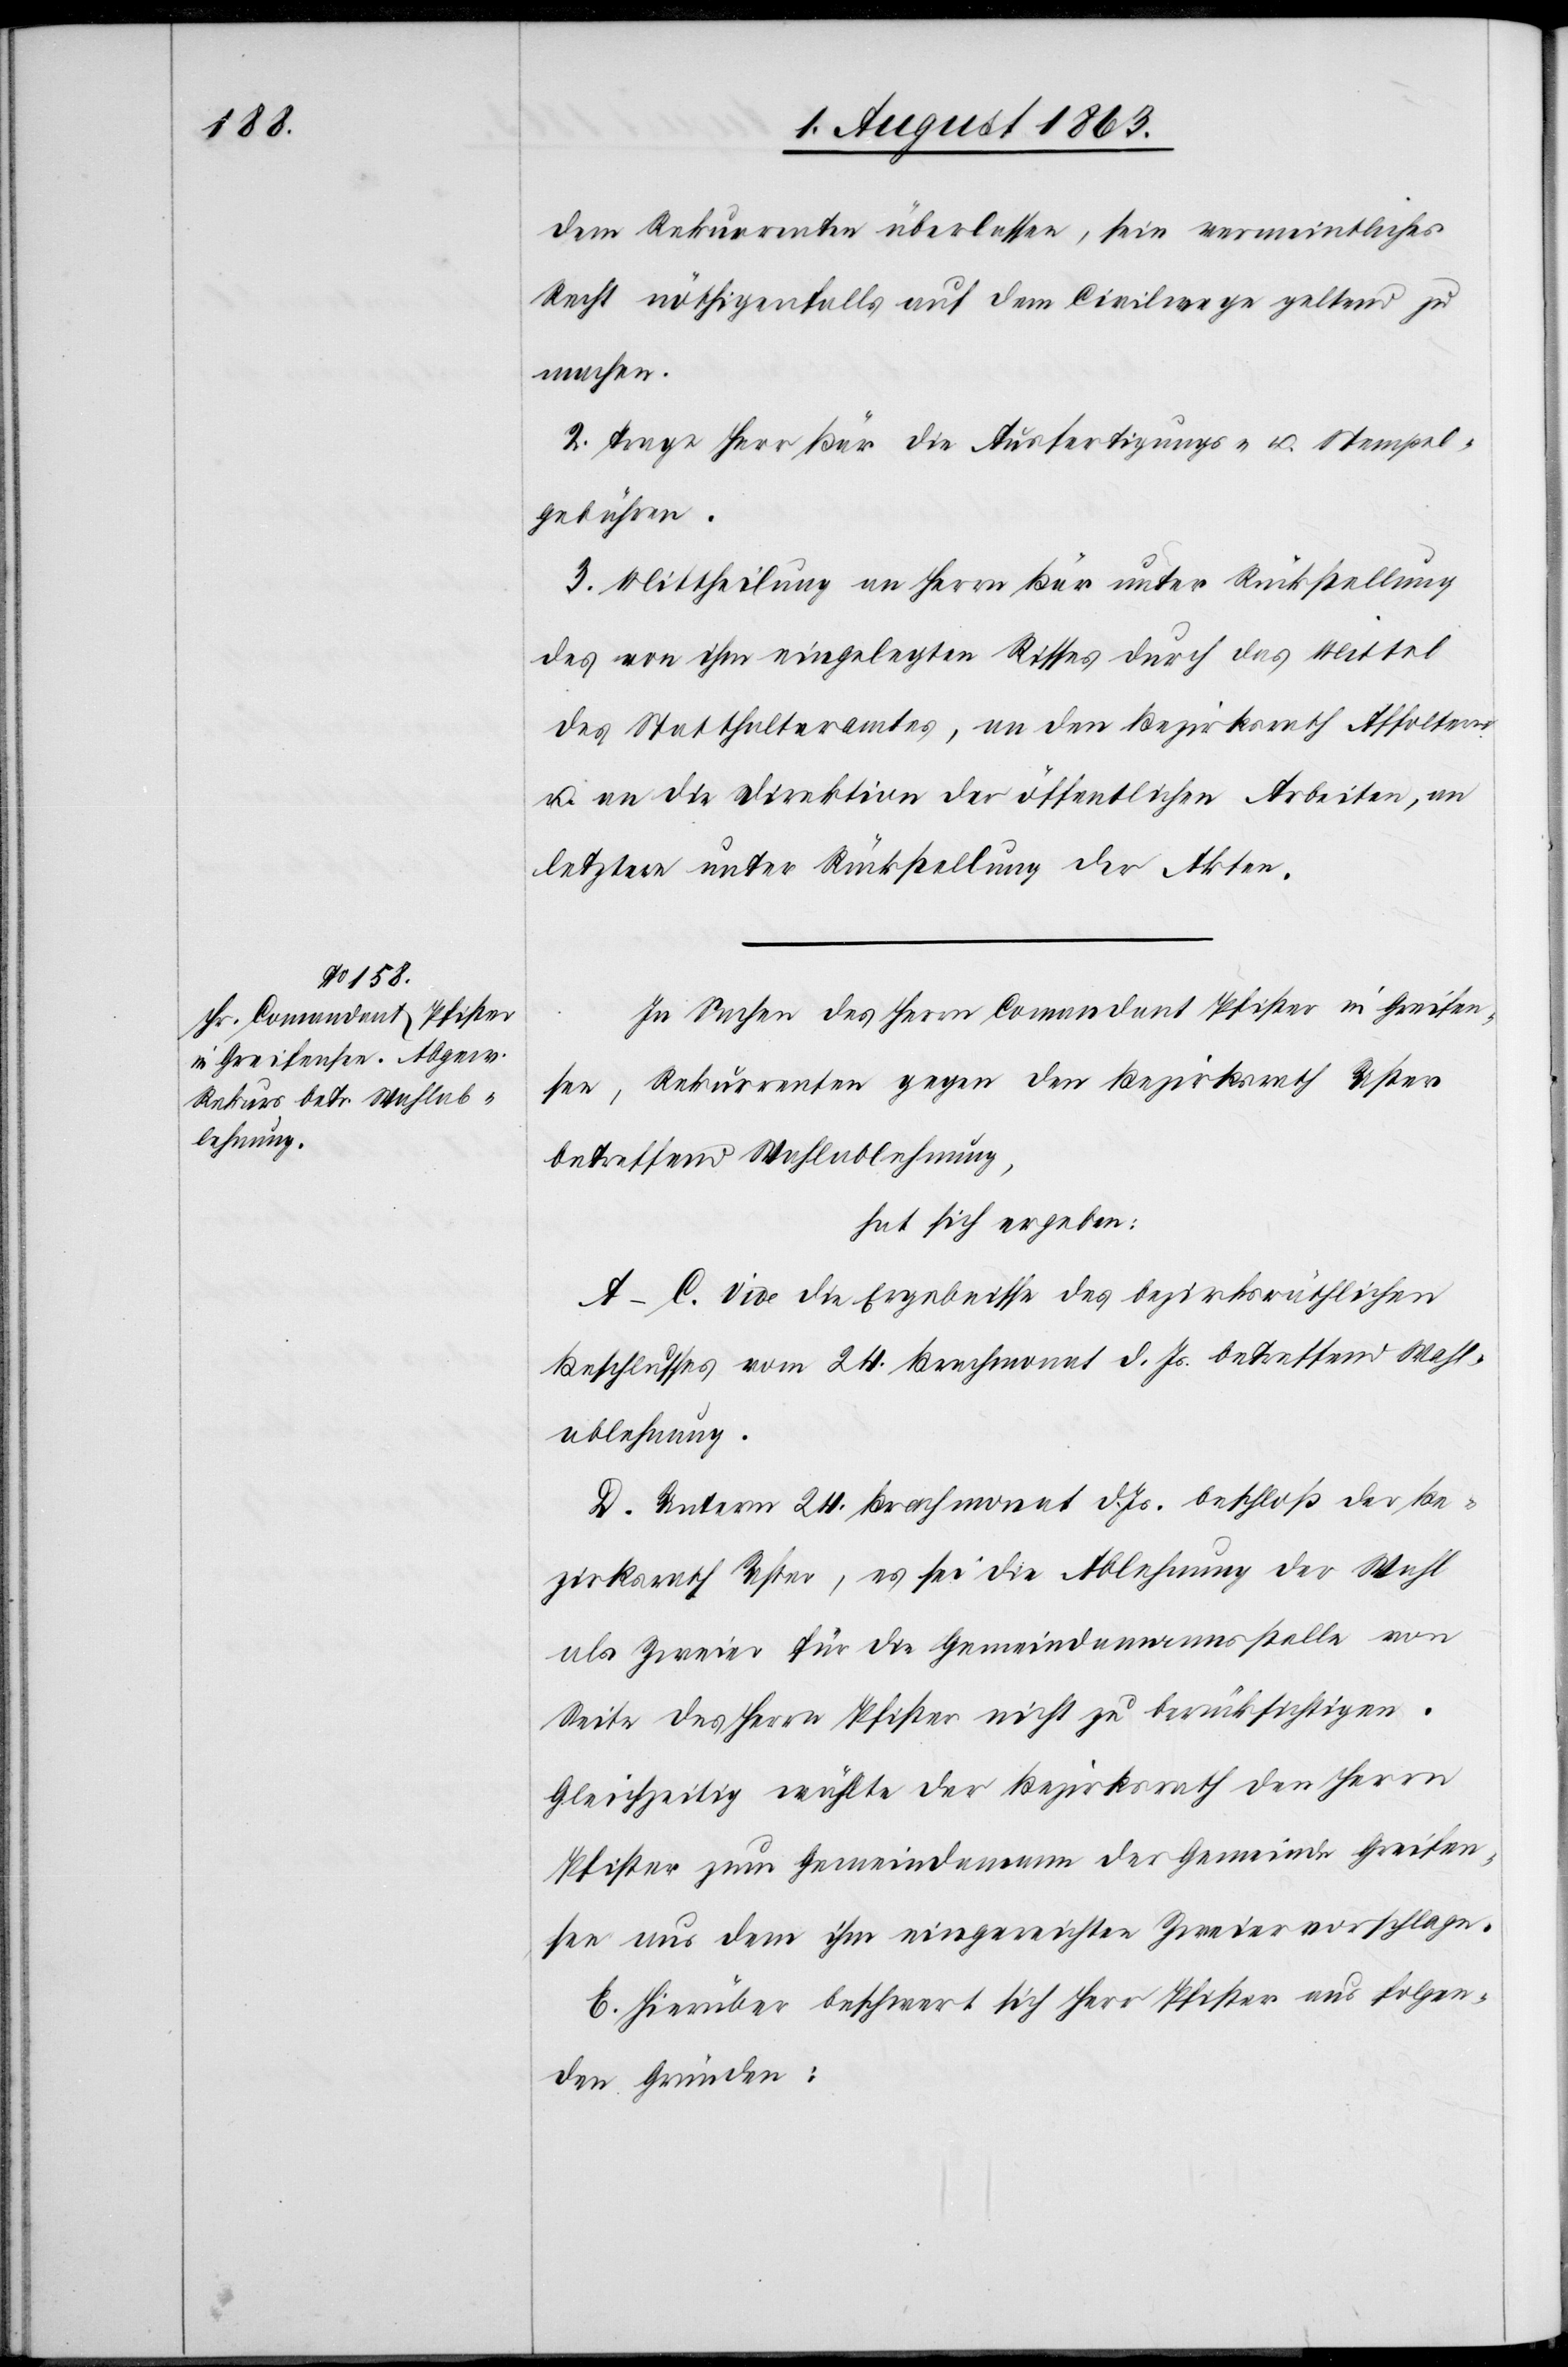
dem Rekurrenten überlassen, sein vermeintliches
Recht nöthigenfalls auf dem Civilwege geltend zu
machen.
2. Trage Herr Bär die Ausfertigungs- u. Stempel¬
gebühren.
3. Mittheilung an Herrn Bär unter Rückstellung
des von ihm eingelegten Risses durch das Mittel
des Statthalteramtes, an den Bezirksrath Affoltern
u. an die Direktion der öffentlichen Arbeiten, an
letztere unter Rückstellung der Akten.
In Sachen des Herrn Comandant Pifster in Greifen¬
see, Rekurrenten gegen den Bezirksrath Uster
betreffend Wahlablehnung,
hat sich ergeben:
A–C. vide die Ergebnisse des bezirksräthlichen
Beschlusses vom 24. Brachmonat d. Js. betreffend Wahl¬
ablehnung.
D. Unterm 24. Brachmonat d. Js. beschloß der Be¬
zirksrath Uster, es sei die Ablehnung der Wahl
als Zweier für die Gemeindamannsstelle von
Seite des Herrn Pfister nicht zu berücksichtigen.
Gleichzeitig wählte der Bezirksrath den Herrn
Pfister zum Gemeindamann der Gemeinde Greifen¬
see aus dem ihm eingereichten Zweiervorschlage.
E. Hierüber beschwert sich Herr Pfister aus folgen¬
den Gründen: